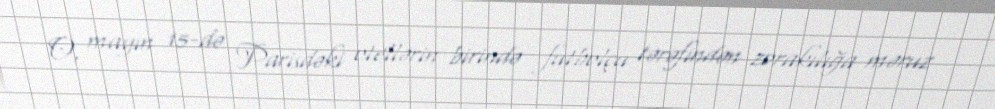
O, mayın 15-də Parisdəki otellərin birində futbolçu tərəfindən zorakılığa məruz